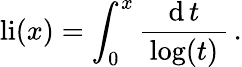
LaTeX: \operatorname{li}(x)=\int_{0}^{x}{\frac{\operatorname{d}t}{\, \log(t)\, }}\, .